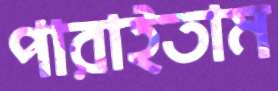
পারাইতাম